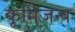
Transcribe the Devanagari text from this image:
कृमिजन्य